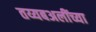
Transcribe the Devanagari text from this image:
तय्यबअलींच्या